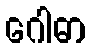
ဂေါဓာ